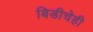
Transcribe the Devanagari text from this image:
बिडीचेही